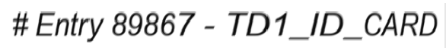
# Entry 89867 - TD1_ID_CARD